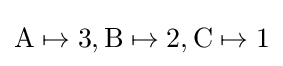
{\text{A}}\mapsto 3,{\text{B}}\mapsto 2,{\text{C}}\mapsto 1